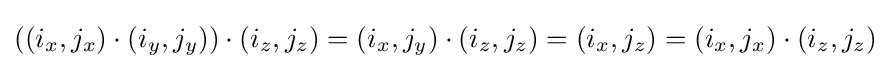
((i_{x},j_{x})\cdot (i_{y},j_{y}))\cdot (i_{z},j_{z})=(i_{x},j_{y})\cdot (i_{z},j_{z})=(i_{x},j_{z})=(i_{x},j_{x})\cdot (i_{z},j_{z})